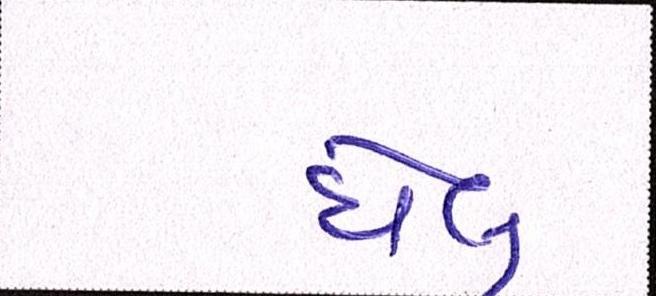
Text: ઘેલું